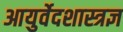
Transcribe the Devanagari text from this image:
आयुर्वेदशास्त्रज्ञ